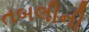
તબલીની